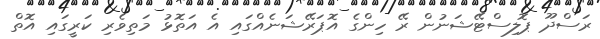
ރަސްދޫ ޕޮލިސްޓޭޝަނުން ރޭ ހިންގެ އޮޕަރޭޝަނެއްގައި އެ އަތޮޅު މަތިވެރި ކަރީގައި އޮތް